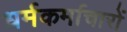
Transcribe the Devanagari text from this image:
धर्मकर्माचारों